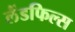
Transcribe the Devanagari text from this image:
लैंडफिल्स